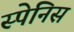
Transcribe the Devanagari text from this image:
स्पेनिस